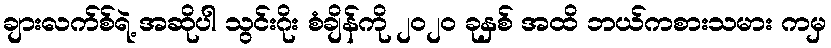
ချားလက်စ်ရဲ့ အဆိုပါ သွင်းဂိုး စံချိန်ကို ၂၀၂၀ ခုနှစ် အထိ ဘယ်ကစားသမား ကမှ